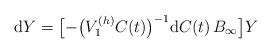
LaTeX: \begin{align*} {\rm d}Y=\big[{-}\big(V_1^{(h)}C(t)\big)^{-1}{\rm d}C(t)\,B_{\infty}\big]Y \end{align*}